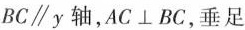
BC\parallel y轴，AC\perp BC，垂足